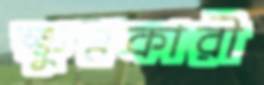
ক্ষুণ্নকারী